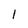
Character: 1